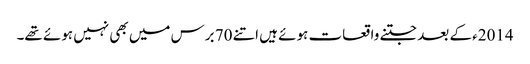
2014ء کے بعد جتنے واقعات ہوئے ہیں اتنے 70 برس میں بھی نہیں ہوئے تھے۔